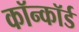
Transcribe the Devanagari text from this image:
कॉन्कॉर्ड